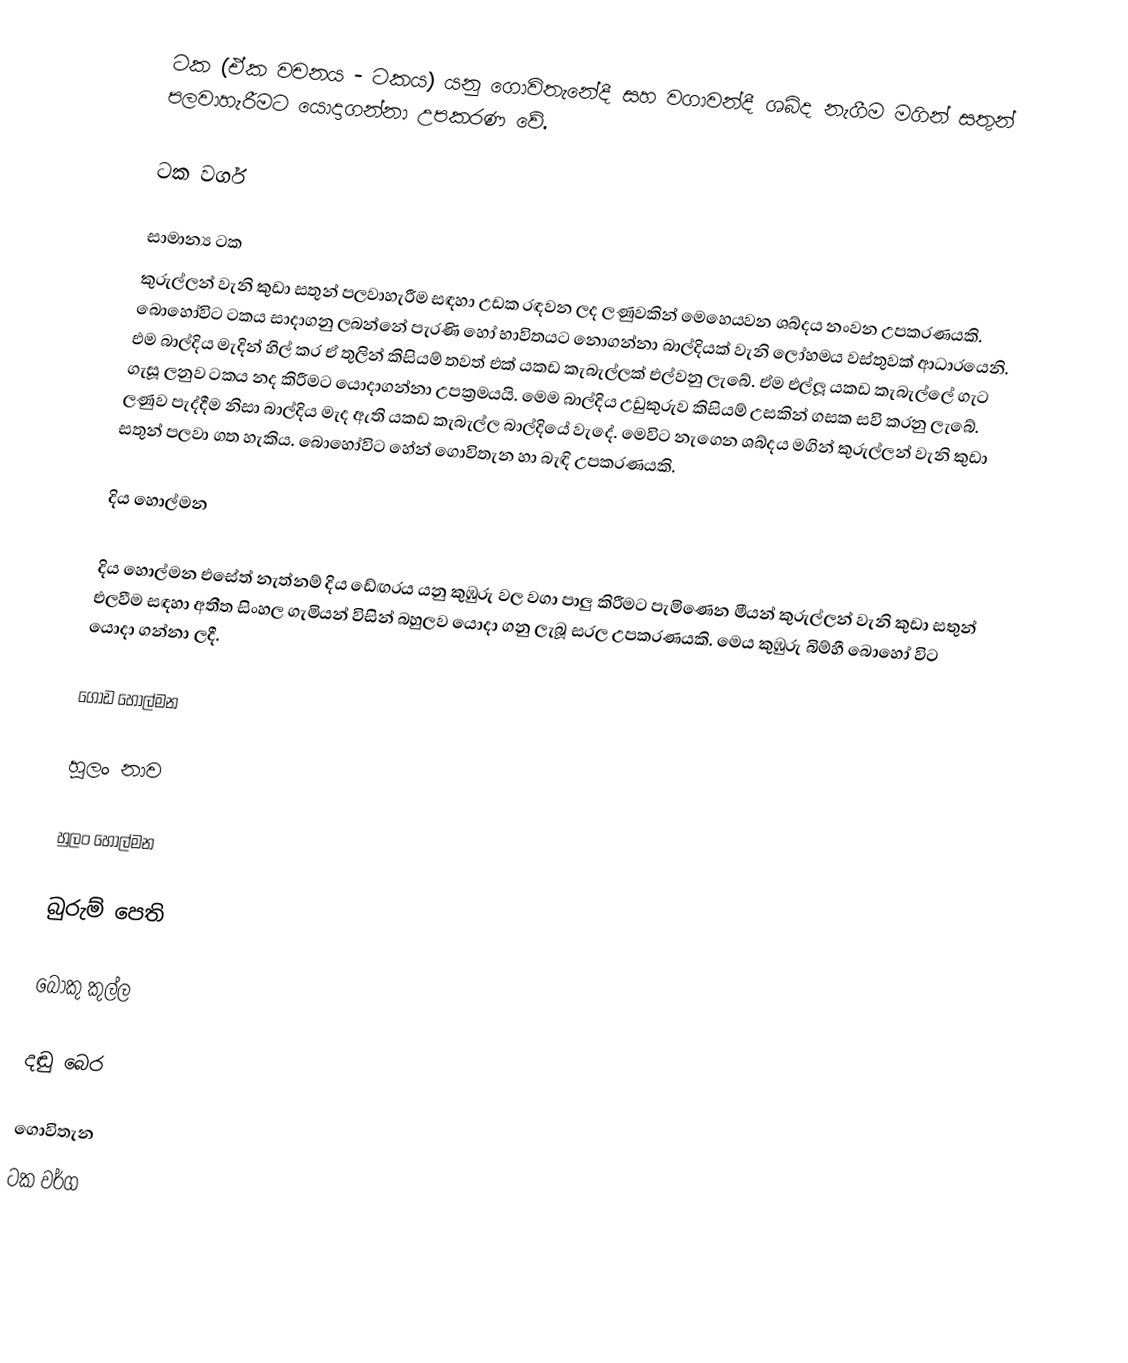
ටක (ඒක වචනය - ටකය) යනු ගොවිතැනේදී සහ වගාවන්දී ශබ්ද නැගීම මගින් සතුන් පලවාහැරීමට යොදාගන්නා උපකරණ වේ.

ටක වර්ග

සාමාන්‍ය ටක
කුරුල්ලන් වැනි කුඩා  සතුන් පලවාහැරීම සඳහා උඩක රඳවන ලද ලණුවකින් මෙහෙයවන ශබ්දය නංවන උපකරණයකි. බොහෝවිට ටකය සාදාගනු ලබන්නේ පැරණි හෝ භාවිතයට නොගන්නා බාල්දියක් වැනි ලෝහමය වස්තුවක් ආධාරයෙනි. එම බාල්දිය මැදින් හිල් කර ඒ තුලින් කිසියම් තවත් එක් යකඩ කැබැල්ලක් එල්වනු ලැබේ. ඒම එල්ලූ යකඩ කැබැල්ලේ ගැට ගැසූ ලනුව ටකය නද කිරීමට යොදාගන්නා උපක්‍රමයයි. මෙම බාල්දිය උඩුකුරුව කිසියම් උසකින් ගසක සවි කරනු ලැබේ. ලණුව පැද්දීම නිසා බාල්දිය මැද ඇති යකඩ කැබැල්ල බාල්දියේ වැදේ. මෙවිට නැගෙන ශබ්දය මගින් කුරුල්ලන් වැනි කුඩා සතුන් පලවා ගත හැකිය. බොහෝවිට හේන් ගොවිතැන හා බැඳි උපකරණයකි.

දිය හොල්මන

දිය හොල්මන එසේත් නැත්නම් දිය ඩේඟරය යනු කුඹුරු වල වගා පාලු කිරීමට පැමිණෙන මීයන් කුරුල්ලන් වැනි කුඩා සතුන් එලවීම සඳහා අතීත සිංහල ගැමියන් විසින් බහුලව යොදා ගනු ලැබූ සරල උපකරණයකි. මෙය කුඹුරු බිම්හී බොහෝ විට යොදා ගන්නා ලදී.

ගොඩ හොල්මන

හුලං නාව

හුලං හොල්මන

බුරුම් පෙති

බොකු කුල්ල

දඬු බෙර

ගොවිතැන
ටක වර්ග